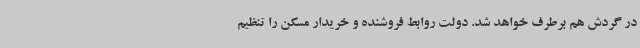
در گردش هم برطرف خواهد شد. دولت روابط فروشنده و خریدار مسکن را تنظیم